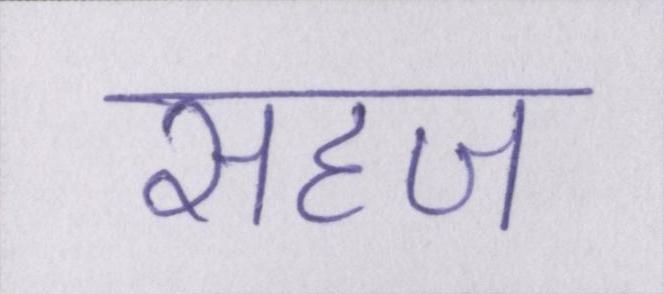
सहज